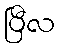
ပြီလ